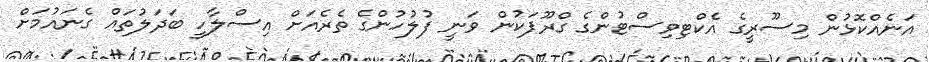
އަނެއްކޮޅުން މިސޫރީގެ އެކްޓިވިސްޓުންގެ ގްރޫޕަކުން ވަނީ ފުލުހުންގެ ތެރެއަށް އިސްލާހީ ބަދަލުތައް ގެނައުމަށް